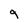
Character: 9